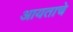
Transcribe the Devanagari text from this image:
आयताचे